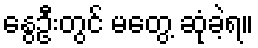
နွေဦးတွင် မတွေ့ ဆုံခဲ့ရ။